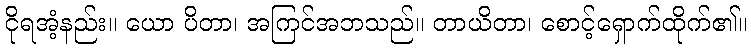
ငိုရအံ့နည်း။ ယော ပိတာ၊ အကြင်အဘသည်။ တာယိတာ၊ စောင့်ရှောက်ထိုက်၏။